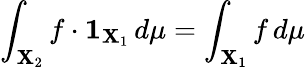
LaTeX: \int_{\mathbf{X}_{2}}f\cdot{\mathbf{{1}}}_{\mathbf{X}_{1}}\, d\mu=\int_{\mathbf{X}_{1}}f\, d\mu